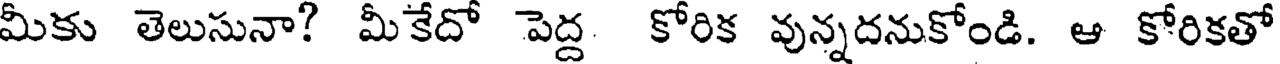
మీకు తెలుసునా? మీకేదో పెద్ద కోరిక వున్నదనుకోండి. ఆ కోరికతో